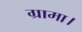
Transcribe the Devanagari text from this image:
ग्रामा।